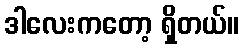
ဒါလေးကတော့ ရှိတယ်။